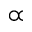
\propto